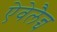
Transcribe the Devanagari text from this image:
ऐवेलैन्च